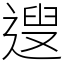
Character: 遚